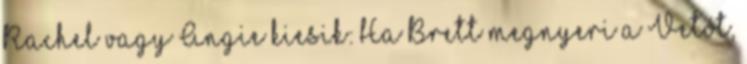
Rachel vagy Angie kiesik: Ha Brett megnyeri a Vetót,